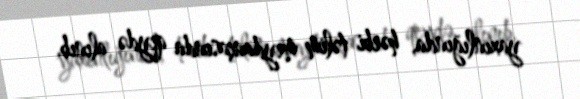
yaxınlığında, hərbi təlim meydançasında qeydə alınıb.